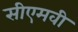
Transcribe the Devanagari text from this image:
सीएमवी